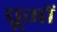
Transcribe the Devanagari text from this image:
पूगों